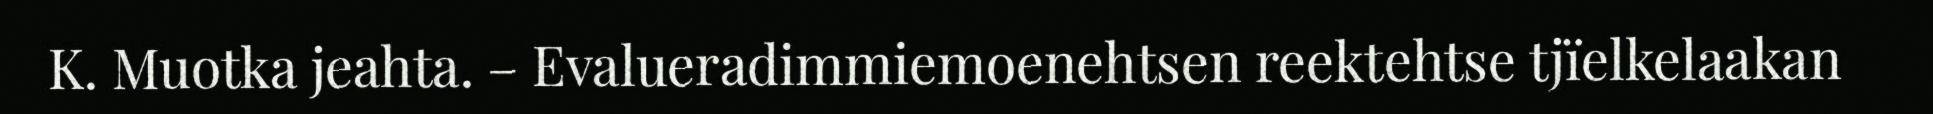
K. Muotka jeahta. – Evalueradimmiemoenehtsen reektehtse tjïelkelaakan